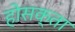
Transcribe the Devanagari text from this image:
होसक्ता